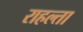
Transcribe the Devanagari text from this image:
राहल्ता